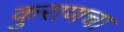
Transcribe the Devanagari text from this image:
कुराणचा